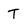
Character: T